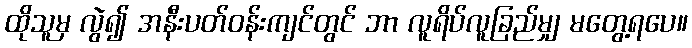
ထိုသူမှ လွဲ၍ အနီးပတ်ဝန်းကျင်တွင် ဘာ လူရိပ်လူခြည်မျှ မတွေ့ရပေ။